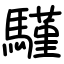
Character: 騹